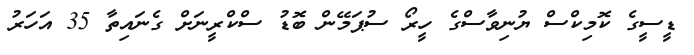
ޑީސީގެ ކޮމިކްސް ޔުނިވާސްގެ ހީރޯ ސުޕަމޭން ބޮޑު ސްކްރީނަށް ގެނައިތާ 35 އަހަރު